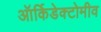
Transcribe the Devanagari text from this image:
ऑर्किडेक्टोमीव